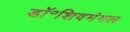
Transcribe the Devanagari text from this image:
डॉ॰शिवमंगल